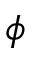
\phi